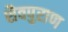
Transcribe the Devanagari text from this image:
शैवपुराण